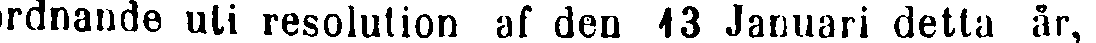
ordnande uti resolution af den 13 Januari detta år,